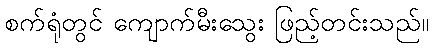
စက်ရုံတွင် ကျောက်မီးသွေး ဖြည့်တင်းသည်။